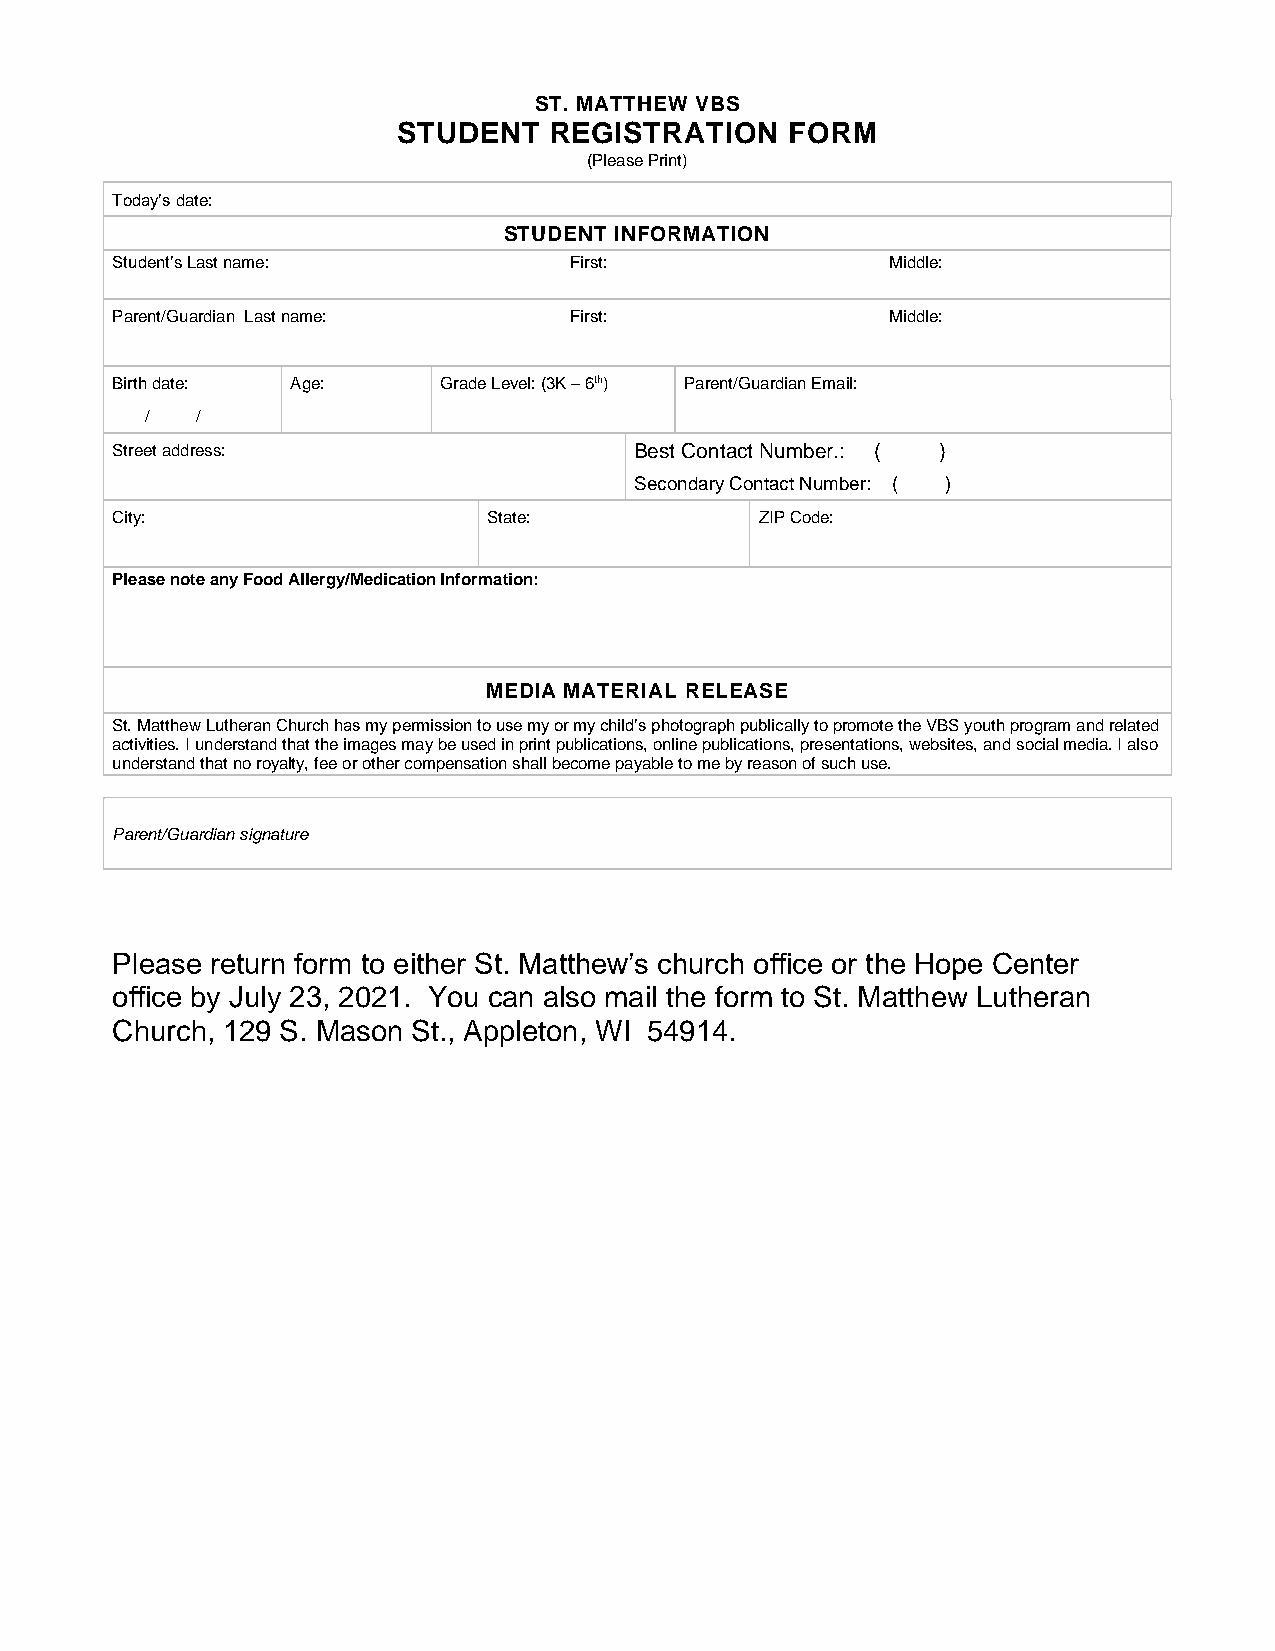
ST. MATTHEW VBS
 STUDENT   REGISTRATION    FORM
 (Please Print)
 Today’s date:
 STUDENT INFORMATION
 Student’s Last name:           First:               Middle:
 Parent/Guardian Last name:     First:               Middle:
 Birth date: Age:      Grade Level: (3K – 6th) Parent/Guardian Email:
 /  /
 Street address:                    Best Contact Number.: ( )
 Secondary Contact Number: ( )
 City:                    State:            ZIP Code:
 Please note any Food Allergy/Medication Information:
 MEDIA MATERIAL RELEASE
 St. Matthew Lutheran Church has my permission to use my or my child’s photograph publically to promote the VBS youth program and related
 activities. I understand that the images may be used in print publications, online publications, presentations, websites, and social media. I also
 understand that no royalty, fee or other compensation shall become payable to me by reason of such use.
 Parent/Guardian signature
 Please return form to either St. Matthew’s church office or the Hope Center
 office by July 23, 2021. You can also mail the form to St. Matthew Lutheran
 Church, 129 S. Mason St., Appleton, WI 54914.